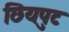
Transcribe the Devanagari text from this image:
छियपुट